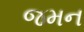
જમન